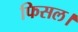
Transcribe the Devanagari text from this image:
फिसल।